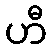
ဟီ